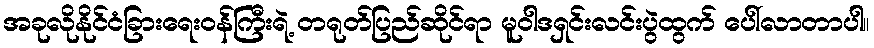
အခုလိုနိုင်ငံခြားရေးဝန်ကြီးရဲ့ တရုတ်ပြည်ဆိုင်ရာ မူဝါဒရှင်းလင်းပွဲထွက် ပေါ်လာတာပါ။